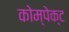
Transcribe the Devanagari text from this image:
कोम्पेक्ट